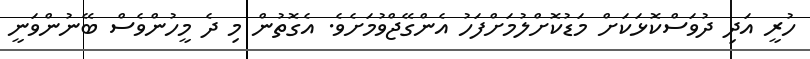
ހުރީ އަދި ދުވަސްކޮޅަކަށް މަޑުކޮށްލުމަށްފަހު އެންގޭޖްވުމަށެވެ. އެގޮތުން މި ދެ މީހުންވެސް ބޭނުންވަނީ